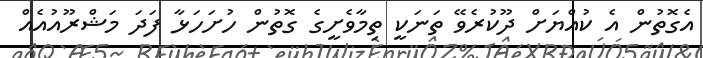
އެގޮތުން އެ ކުއްޔަށް ދޫކުރެވޭ ތަނަކީ ތިމާވެށީގެ ގޮތުން ހުށަހަޅާ ފަދަ މަޝްރޫއުއެއް